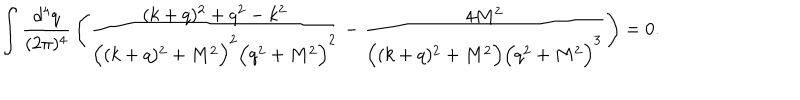
LaTeX: \int \frac { d ^ { 4 } q } { ( 2 \pi ) ^ { 4 } } \, \Bigg ( \frac { ( k + q ) ^ { 2 } + q ^ { 2 } - k ^ { 2 } } { \Big ( ( k + q ) ^ { 2 } + M ^ { 2 } \Big ) ^ { 2 } \Big ( q ^ { 2 } + M ^ { 2 } \Big ) ^ { 2 } } - \frac { 4 M ^ { 2 } } { \Big ( ( k + q ) ^ { 2 } + M ^ { 2 } \Big ) \Big ( q ^ { 2 } + M ^ { 2 } \Big ) ^ { 3 } } \Bigg ) = 0 .